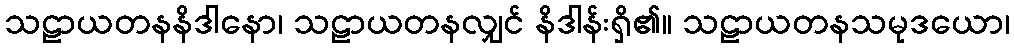
သဠာယတနနိဒါနော၊ သဠာယတနလျှင် နိဒါန်းရှိ၏။ သဠာယတနသမုဒယော၊